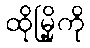
ထိုမြို့ကို